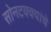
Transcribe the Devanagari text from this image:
सोनटक्क्यांचे